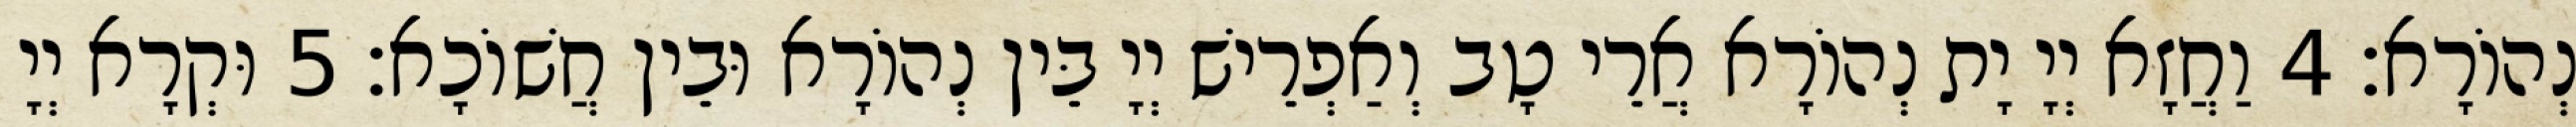
נְהוֹרָא׃ 4 וַחֲזָא יְיָ יָת נְהוֹרָא אֲרֵי טָב וְאַפְרֵישׁ יְיָ בֵּין נְהוֹרָא וּבֵין חֲשׁוֹכָא׃ 5 וּקְרָא יְיָ